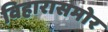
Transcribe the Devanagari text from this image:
विहारासमोर